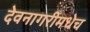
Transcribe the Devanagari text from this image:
देवनागरीमधेच